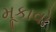
મૂકાવો